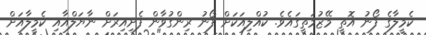
ކެމީލާގެ ފޯނު އޮތީ މޭޒުމަތީގައެވެ. ކުއްލިއަކަށް ފޯނު ރިންގުވާން ފެށިއިރަށް ނާޔަލްއާއި ކެމީލާއަށް